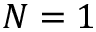
N = 1